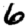
Digit: 6